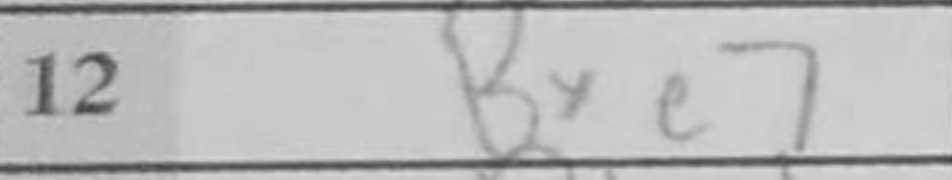
Transcription: Bxe7